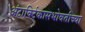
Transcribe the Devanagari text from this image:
अंटार्क्टिकासभोवतीच्या